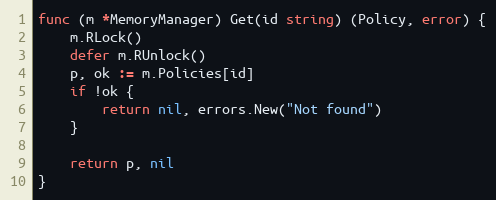
Language: Go
func (m *MemoryManager) Get(id string) (Policy, error) {
	m.RLock()
	defer m.RUnlock()
	p, ok := m.Policies[id]
	if !ok {
		return nil, errors.New("Not found")
	}

	return p, nil
}